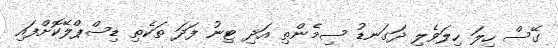
ގޭސް ހިލަ ހިލަވެލި ދަގަނޑު ސިމެންތި އަދި ޓިނު ފަދަ ތަކެތި ޑިސްޕްލޭކޮށްފައި